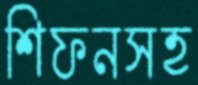
শিফনসহ